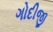
ગોદીજી